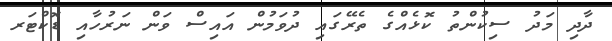
ދާދި މަދު ސިކުންތު ކޮޅެއްގެ ތެރޭގައި ދުވަމުން އައިސް ވަން ނަރުހާއި ޑޮކްޓަރ